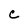
Character: c